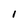
Character: I